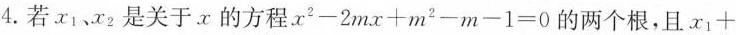
4.若x_{1}、x_{2}是关于x的方程$$x ^ { 2 } - 2 m x + m ^ { 2 } - m - 1 = 0$$的两个根,且$$x _ { 1 } +